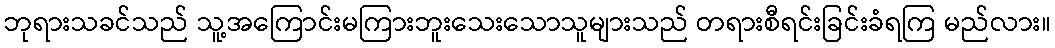
ဘုရားသခင်သည် သူ့အကြောင်းမကြားဘူးသေးသောသူများသည် တရားစီရင်းခြင်းခံရကြ မည်လား။